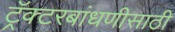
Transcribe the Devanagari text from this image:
ट्रॅक्टरबांधणीसाठी